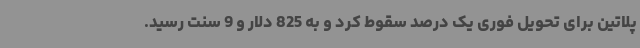
پلاتین برای تحویل فوری یک درصد سقوط کرد و به 825 دلار و 9 سنت رسید.